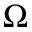
\Omega